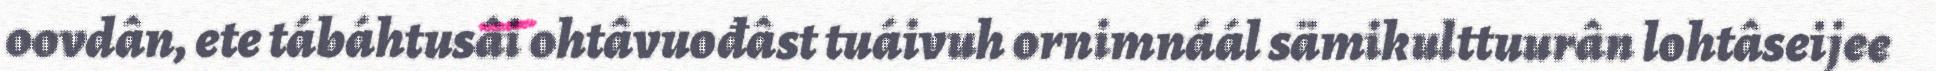
oovdân, ete tábáhtusâi ohtâvuođâst tuáivuh ornimnáál sämikulttuurân lohtâseijee